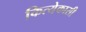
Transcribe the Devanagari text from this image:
कित्येकासी